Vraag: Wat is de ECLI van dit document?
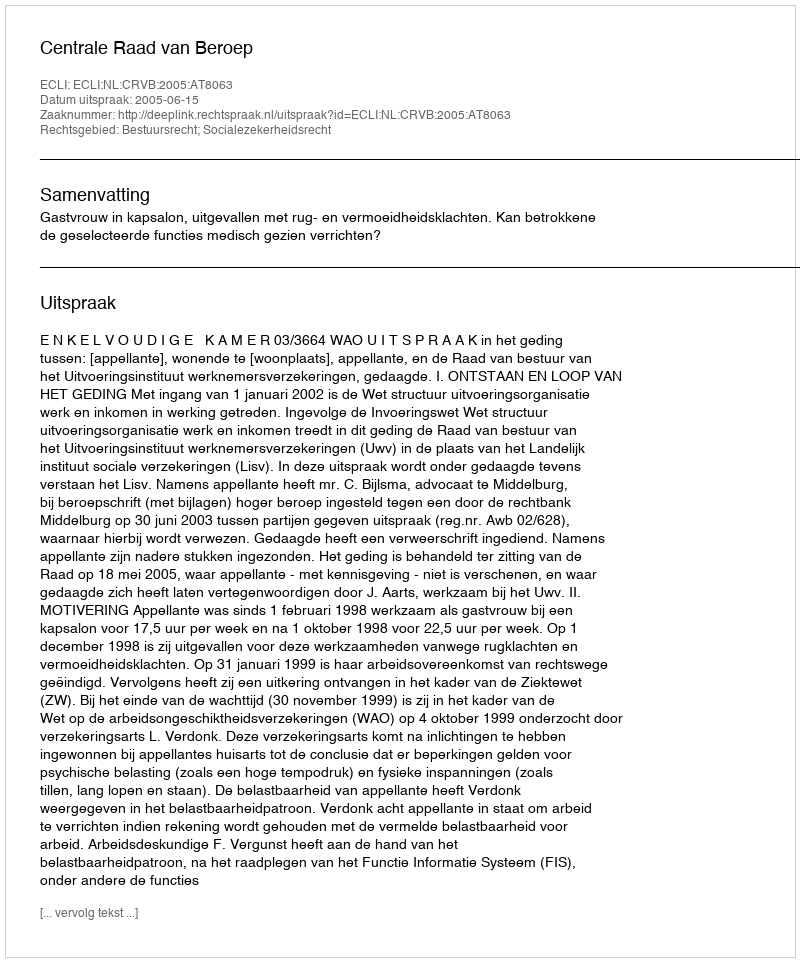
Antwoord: ECLI:NL:CRVB:2005:AT8063